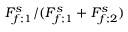
F _ { f ; 1 } ^ { s } / ( F _ { f ; 1 } ^ { s } + F _ { f ; 2 } ^ { s } )